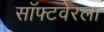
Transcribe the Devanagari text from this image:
सॉफ्टवेरला